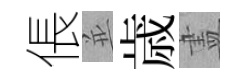
倀並歳𥁞